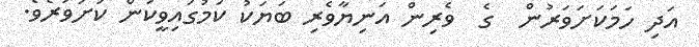
އަދި ހަމަކަށަވަރުން  ގެ  ވެރިން އަނިޔާވެރި ބަޔަކު ކަމުގައިވީކަން ކަށަވަރެވެ.